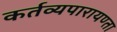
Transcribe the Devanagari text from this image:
कर्तव्यपारायण्ता